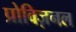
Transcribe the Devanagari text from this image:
प्रोविज़नल